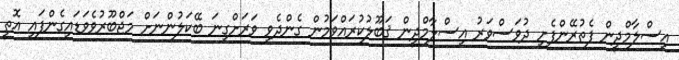
އިސްލާމްދީން ފެތުރޭންފެށި ދުވަސްވަރު އިސްލާމްދީން ޤަބޫލުކުރައްވަމުން ގެންދެވި ވަރަށްގިނަ ބޭކަލުންނަށް މަޖްބޫރުވެވަޑައިގެންފައި އޮތީ